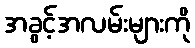
အခွင့်အလမ်းများကို